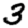
Digit: 3